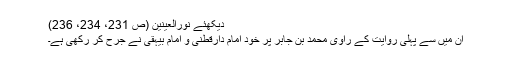
دیکھئے نورالعینین (ص 231، 234، 236)
ان میں سے پہلی روایت کے راوی محمد بن جابر پر خود امام دارقطنی و امام بیہقی نے جرح کر رکھی ہے۔